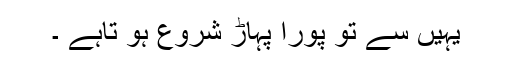
یہیں سے تو پورا پہاڑ شروع ہو تاہے ۔